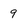
Character: 9